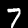
Digit: 7